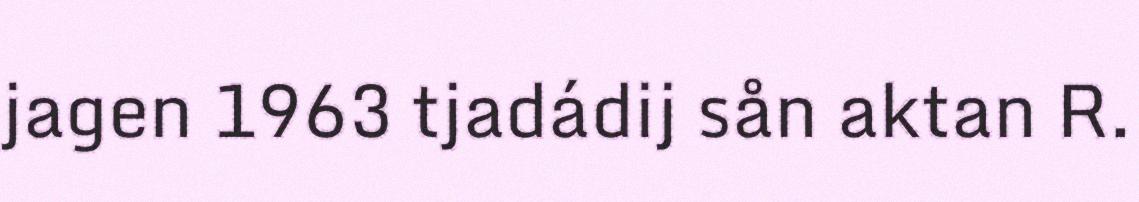
jagen 1963 tjadádij sån aktan R.